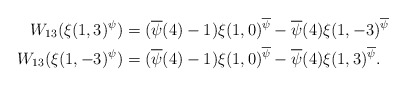
\begin{align*}W_{13} (\xi(1,3)^\psi) & = (\overline{\psi}(4)-1) \xi(1,0)^{\overline{\psi}} - \overline{\psi}(4) \xi(1,-3)^{\overline{\psi}}\\W_{13} (\xi(1,-3)^\psi) & = (\overline{\psi}(4)-1) \xi(1,0)^{\overline{\psi}} - \overline{\psi}(4) \xi(1,3)^{\overline{\psi}}.\end{align*}